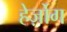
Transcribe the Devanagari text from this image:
हेर्ज़ोग